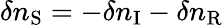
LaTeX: \delta n_{\mathrm{S}}=-\delta n_{\mathrm{I}}-\delta n_{\mathrm{R}}